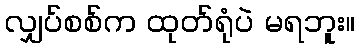
လျှပ်စစ်က ထုတ်ရုံပဲ မရဘူး။